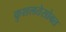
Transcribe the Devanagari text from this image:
कुशलतेसोबत